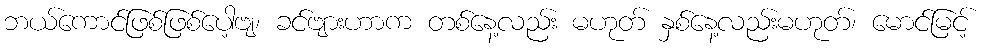
ဘယ်ကောင်ဖြစ်ဖြစ်ပေါ့ဗျ၊ ခင်ဗျားဟာက တစ်နေ့လည်း မဟုတ် နှစ်နေ့လည်းမဟုတ်၊ မောင်မြင့်